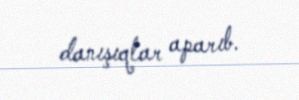
danışıqlar aparıb.